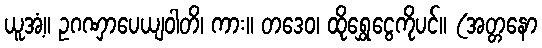
ယူအံ့။ ဥဂဏှာပေယျဝါတိ၊ ကား။ တဒေဝ၊ ထိုရွှေငွေကိုပင်။ (အတ္တနော